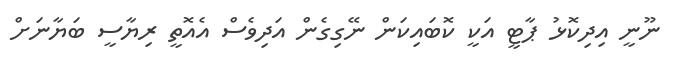
ނޫނީ އިދިކޮޅު ޕާޓީ އަކީ ކޮބައިކަން ނޭގިގެން އަދިވެސް އެއޮތީ ރިޔާސީ ބަޔާނަށް